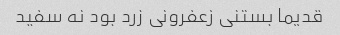
قدیما بستنی زعفرونی زرد بود نه سفید